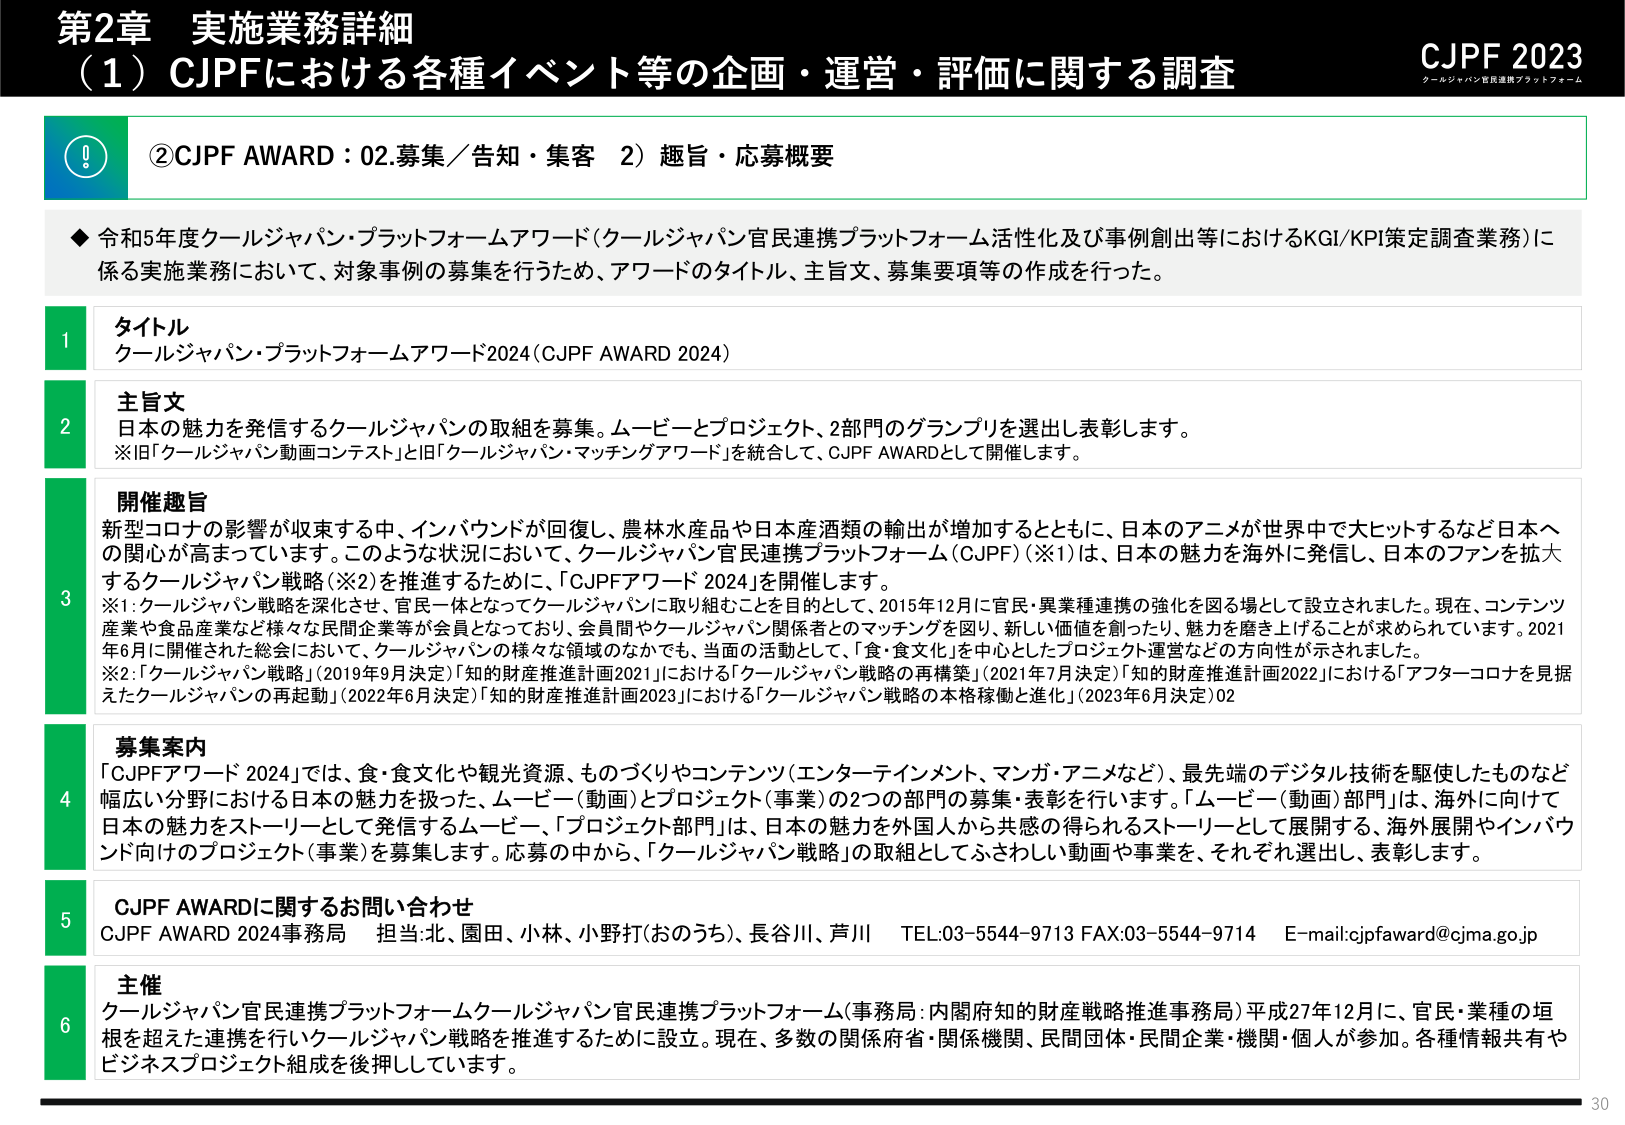
第2章 実施業務詳細
（1）CJPFにおける各種イベント等の企画・運営・評価に関する調査

CJPF 2023
クールジャパン官民連携プラットフォーム

②CJPF AWARD：02.募集／告知・集客 2）趣旨・応募概要

◆ 令和5年度クールジャパン・プラットフォームアワード（クールジャパン官民連携プラットフォーム活性化及び事例創出等におけるKGI/KPI策定調査業務）に係る実施業務において、対象事例の募集を行うため、アワードのタイトル、主旨文、募集要項等の作成を行った。

1 タイトル
クールジャパン・プラットフォームアワード2024（CJPF AWARD 2024）

2 主旨文
日本の魅力を発信するクールジャパンの取組を募集。ムービーとプロジェクト、2部門のグランプリを選出し表彰します。
※旧「クールジャパン動画コンテスト」と旧「クールジャパン・マッチングアワード」を統合して、CJPF AWARDとして開催します。

3 開催趣旨
新型コロナの影響が収束する中、インバウンドが回復し、農林水産品や日本産酒類の輸出が増加するとともに、日本のアニメが世界中で大ヒットするなど日本への関心が高まっています。このような状況において、クールジャパン官民連携プラットフォーム（CJPF）（※1）は、日本の魅力を海外に発信し、日本のファンを拡大するクールジャパン戦略（※2）を推進するために、「CJPFアワード2024」を開催します。
※1：クールジャパン戦略を深化させ、官民一体となってクールジャパンに取り組むことを目的として、2015年12月に官民・異業種連携の強化を図る場として設立されました。現在、コンテンツ産業や食品産業など様々な民間企業等が会員となっており、会員間やクールジャパン関係者とのマッチングを図り、新しい価値を創ったり、魅力を磨き上げることが求められています。2021年6月に開催された総会において、クールジャパンの様々な領域のなかでも、当面の活動として、「食・食文化」を中心としたプロジェクト運営などの方向性が示されました。
※2：「クールジャパン戦略」（2019年9月決定）「知的財産推進計画2021」における「クールジャパン戦略の再構築」（2021年7月決定）「知的財産推進計画2022」における「アフターコロナを見据えたクールジャパンの再起動」（2022年6月決定）「知的財産推進計画2023」における「クールジャパン戦略の本格稼働と進化」（2023年6月決定）02

4 募集案内
「CJPFアワード2024」では、食・食文化や観光資源、ものづくりやコンテンツ（エンターテインメント、マンガ・アニメなど）、最先端のデジタル技術を駆使したものなど幅広い分野における日本の魅力を扱った、ムービー（動画）とプロジェクト（事業）の2つの部門の募集・表彰を行います。「ムービー（動画）部門」は、海外に向けて日本の魅力をストーリーとして発信するムービー、「プロジェクト部門」は、日本の魅力を外国人から共感の得られるストーリーとして展開する、海外展開やインバウンド向けのプロジェクト（事業）を募集します。応募の中から、「クールジャパン戦略」の取組としてふさわしい動画や事業を、それぞれ選出し、表彰します。

5 CJPF AWARDに関するお問い合わせ
CJPF AWARD 2024事務局 担当：北、園田、小林、小野打（おのうち）、長谷川、芦川 TEL:03-5544-9713 FAX:03-5544-9714 E-mail:cjpfaward@cjma.go.jp

6 主催
クールジャパン官民連携プラットフォームクールジャパン官民連携プラットフォーム（事務局：内閣府知的財産戦略推進事務局）平成27年12月に、官民・業種の垣根を超えた連携を行いクールジャパン戦略を推進するために設立。現在、多数の関係府省・関係機関、民間団体・民間企業・機関・個人が参加。各種情報共有やビジネスプロジェクト組成を後押ししています。

30